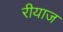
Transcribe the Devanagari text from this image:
रीयाज